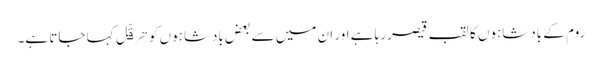
روم کے بادشاہوں کا لقب قیصر رہا ہے اور ان میں سے بعض بادشاہوں کو ھِرَقۡل کہا جاتا ہے۔